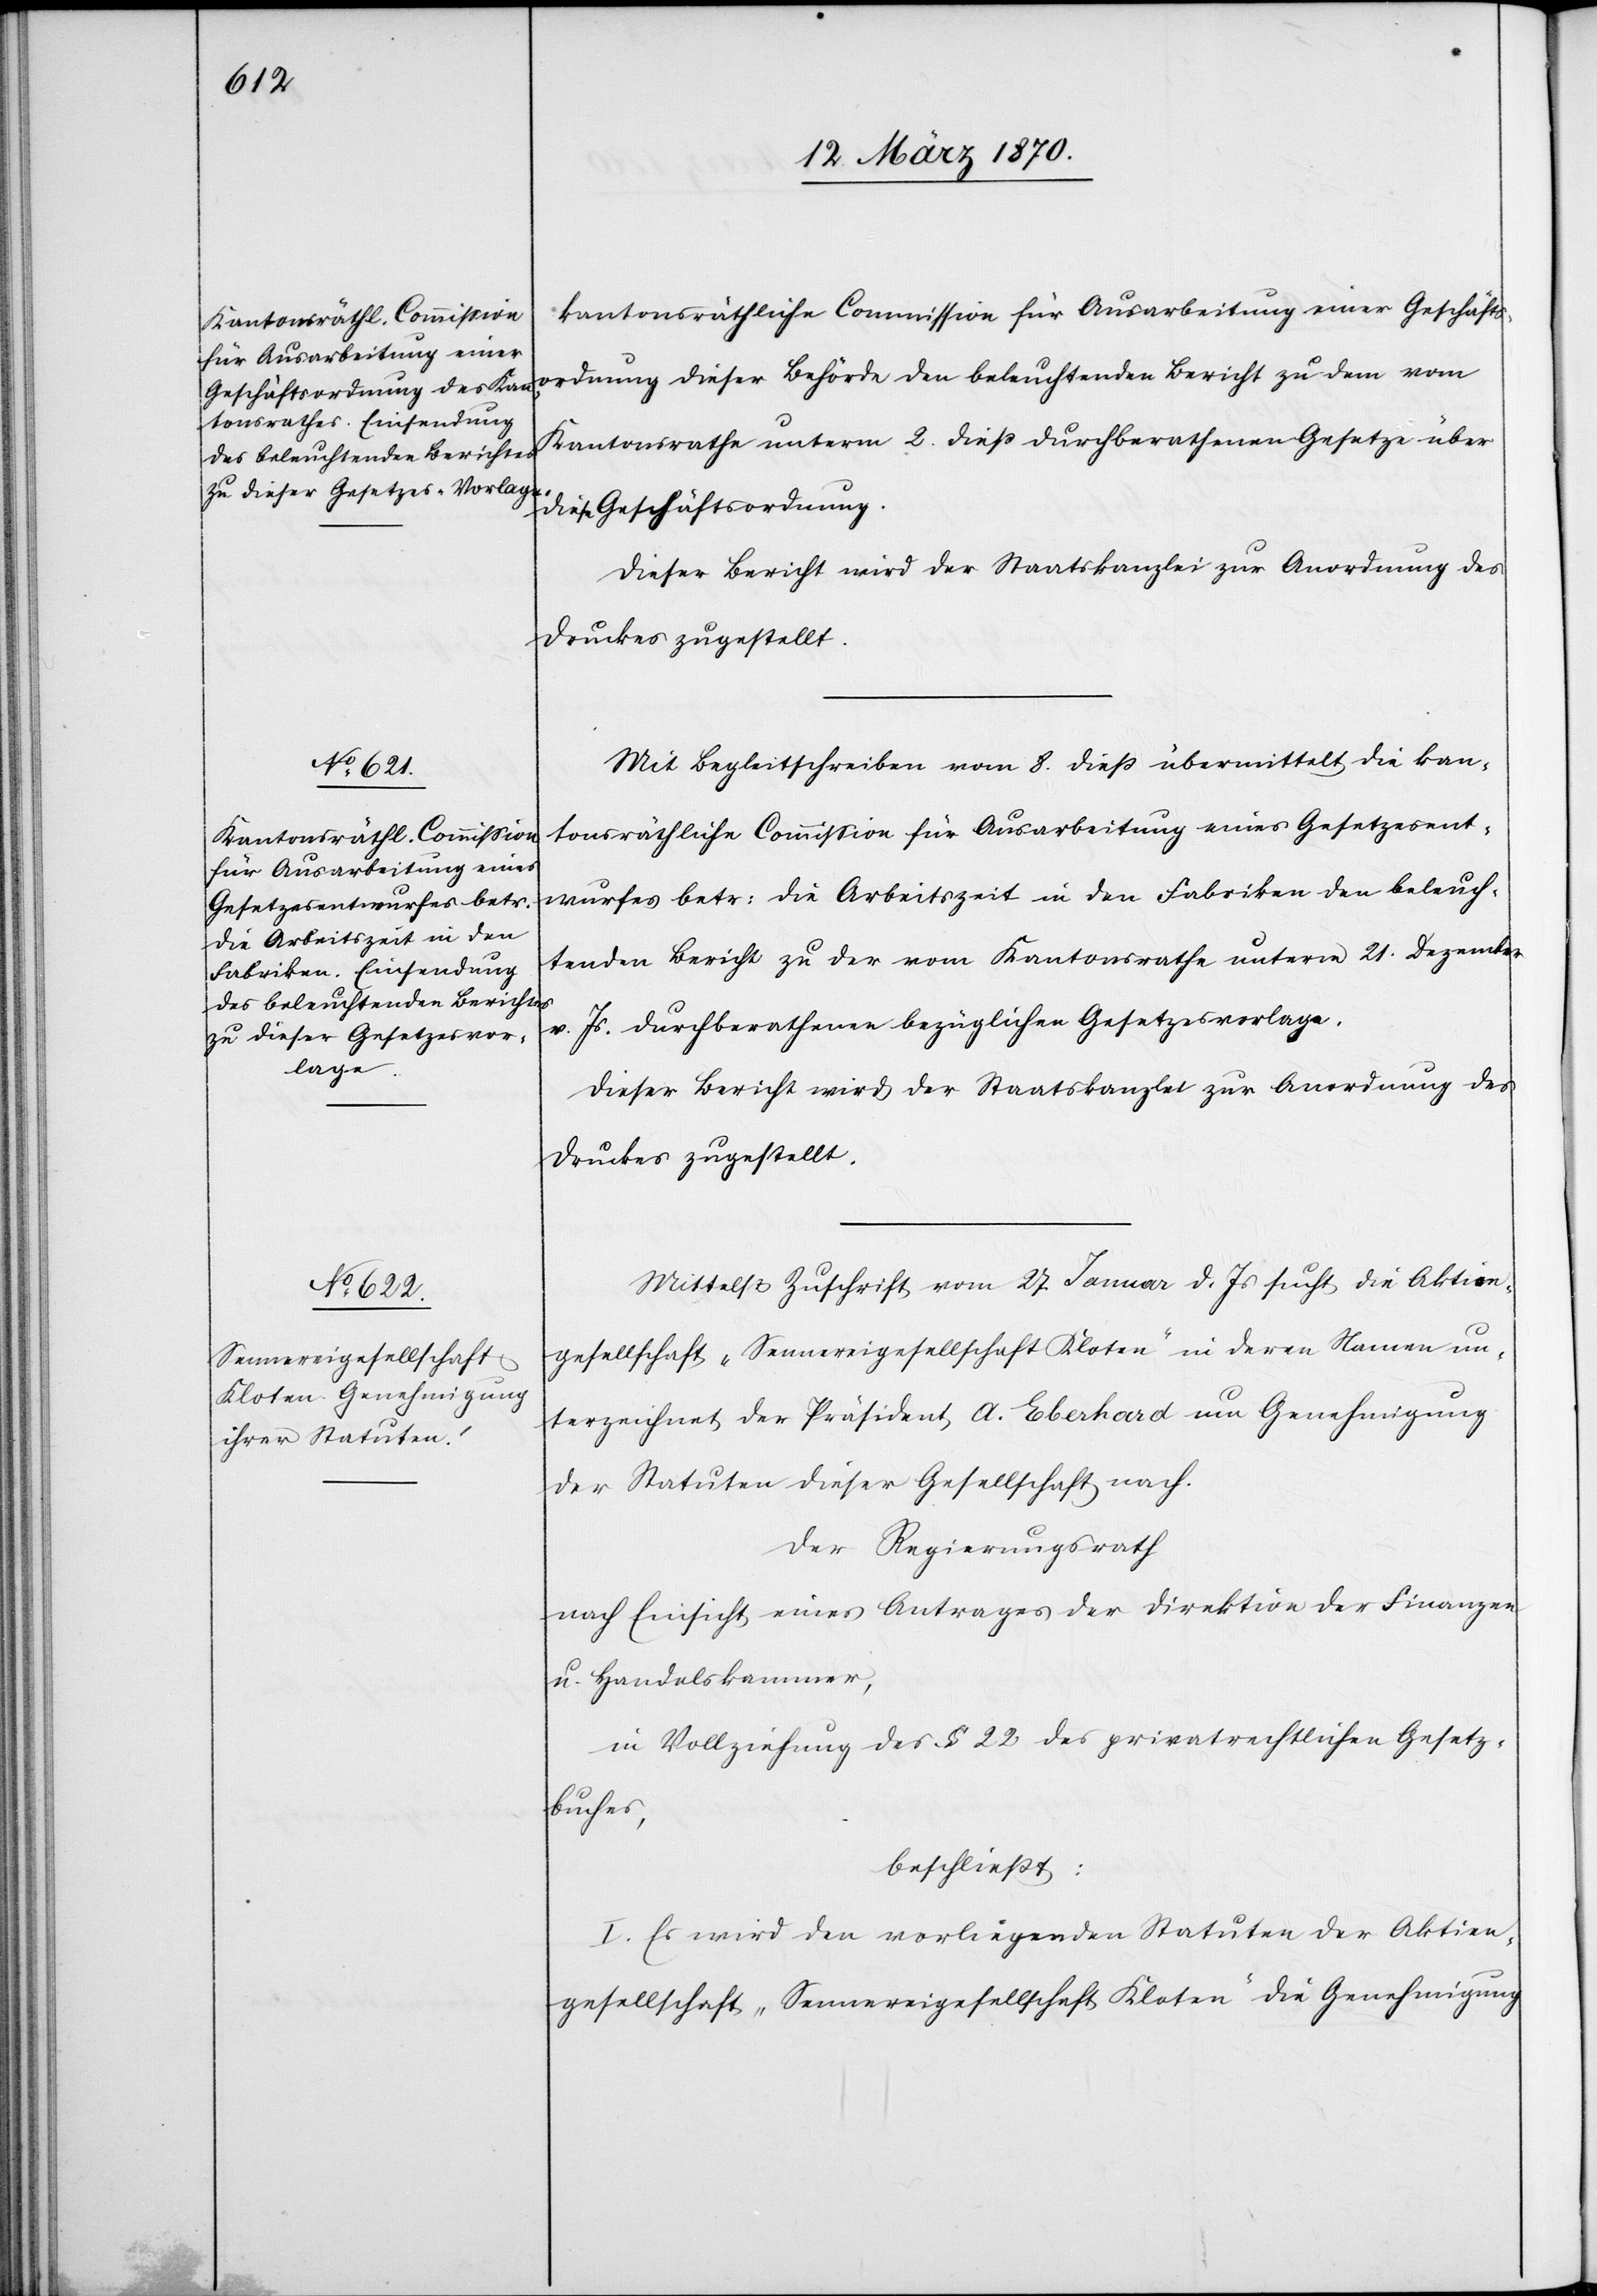
kantonsräthliche Commission
den beleuchtenden Bericht

Kantonsrathe unterm 2. dieß durchberathenen Gesetze über
diese Geschäftsordnung.
Dieser Bericht wird der Staatskanzlei zur Anordnung des
Druckes zugestellt.
Mit Begleitschreiben vom 8. dieß übermittelt die kan¬
tonsräthliche Commission für Ausarbeitung eines Gesetzesent¬
wurfes betr: die Arbeitszeit in den Fabriken den beleuch¬
tenden Bericht zu der vom Kantonsrathe unterm 21. Dezember
v. Js. durchberathenen bezüglichen Gesetzesvorlage.
Mittelst Zuschrift vom 27. Januar d. Js sucht die Aktien¬
gesellschaft „Sennereigesellschaft Kloten“ in deren Namen un¬
terzeichnet der Präsident A. Eberhard um Genehmigung
der Statuten dieser Gesellschaft nach.
Der Regierungsrath
nach Einsicht eines Antrages der Direktion der Finanzen
u. Handelskammer,
in Vollziehung des § 22 des privatrechtlichen Gesetz¬
buches,
beschließt:
I. Es wird den vorliegenden Statuten der Aktien¬
gesellschaft „Sennereigesellschaft Kloten“ die Genehmigung